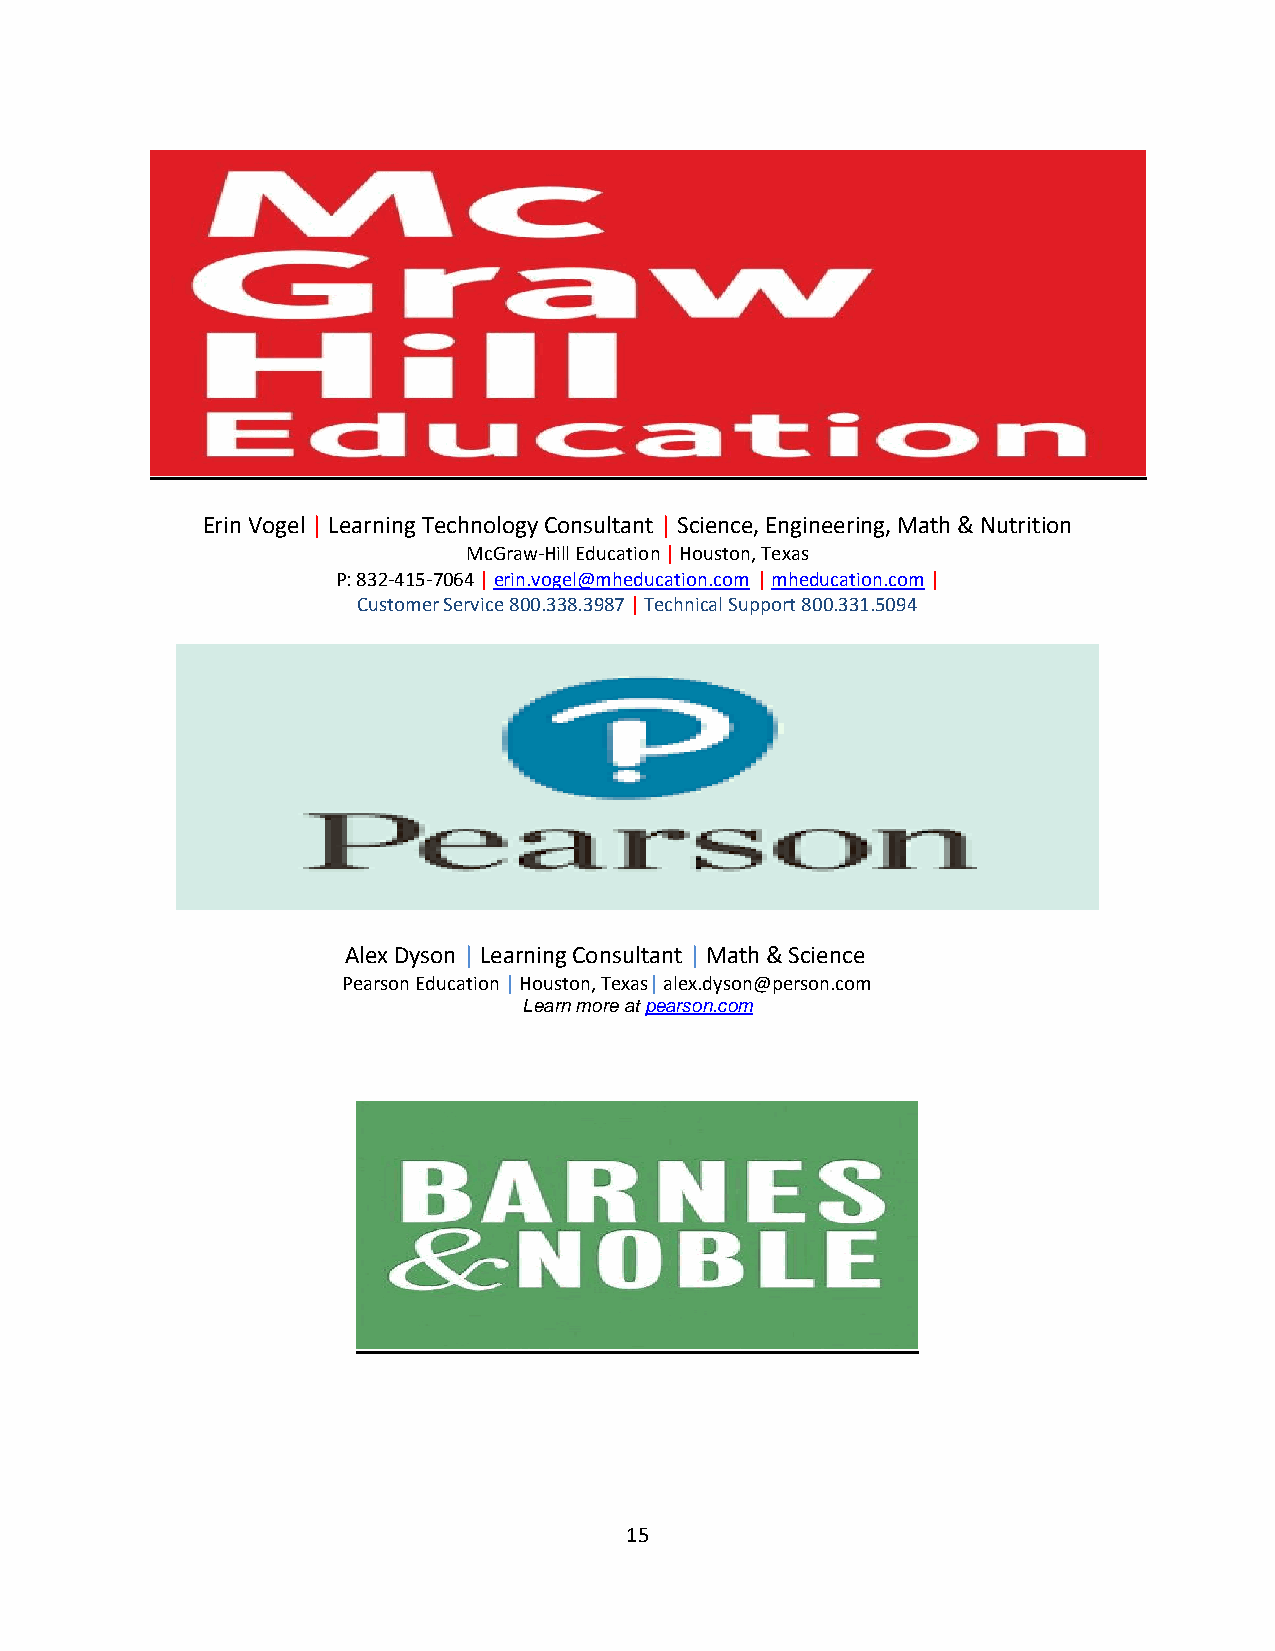
Erin Vogel | Learning Technology Consultant | Science, Engineering, Math & Nutrition
 McGraw-Hill Education | Houston, Texas
 P: 832-415-7064 | erin.vogel@mheducation.com | mheducation.com |
 Customer Service 800.338.3987 | Technical Support 800.331.5094
 Alex Dyson | Learning Consultant | Math & Science
 Pearson Education | Houston, Texas| alex.dyson@person.com
 Learn more at pearson.com
 15